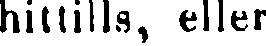
hittills, eller